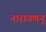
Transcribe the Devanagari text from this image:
नारायणनुं